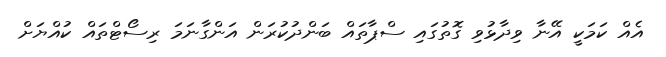
އެއް ކަމަކީ އޭނާ ވިދާޅުވި ގޮތުގައި ސްޕާތައް ބަންދުކުރަން އަންގާނަމަ ރިސޯޓްތައް ކުއްޔަށް